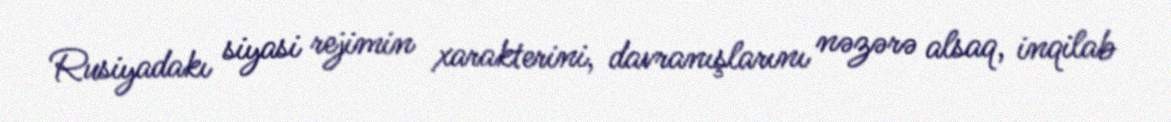
Rusiyadakı siyasi rejimin xarakterini, davranışlarını nəzərə alsaq, inqilab